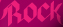
ROCK